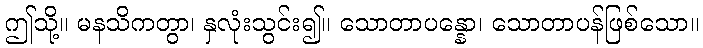
ဤသို့။ မနသိကတွာ၊ နှလုံးသွင်း၍။ သောတာပန္နော၊ သောတာပန်ဖြစ်သော။